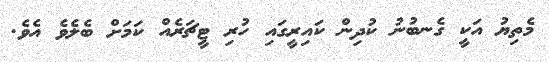
މެތިޔު އަކީ ގެނބުނު ކުދިން ކައިރީގައި ހުރި ޓީޗަރެއް ކަމަށް ބެލެވެ އެވެ.